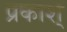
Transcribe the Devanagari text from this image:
प्रकाश्